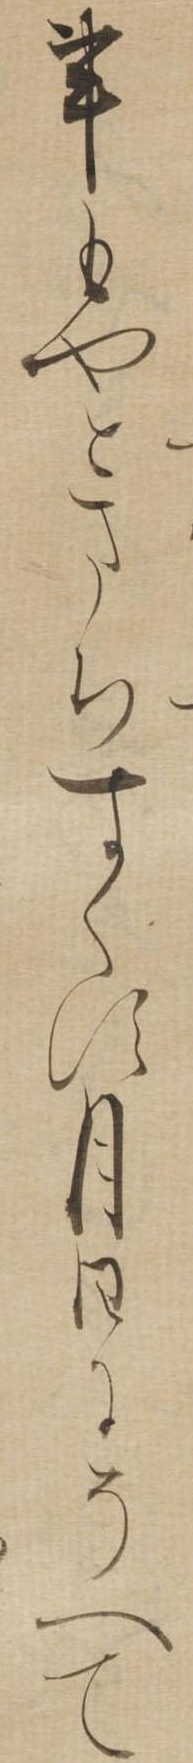
事もやとまちすくす月日にそへて